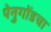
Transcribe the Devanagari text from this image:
पेनुगोंडचा